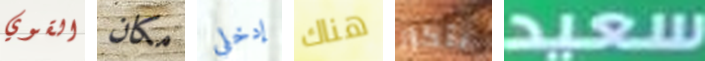
القوي مكان إدخلي هناك بتكرار سعيد